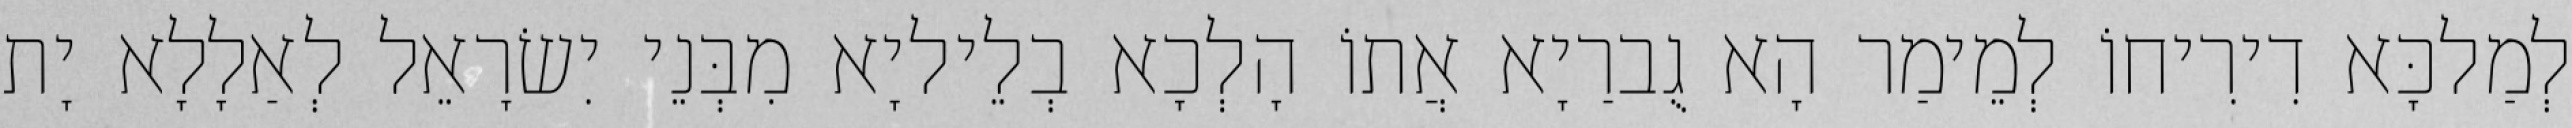
לְמַלכָּא דִירִיחוֹ לְמֵימַר הָא גֻברַיָא אֲתוֹ הָלְכָא בְלֵיליָא מִבְּנֵי יִשׂרָאֵל לְאַלָלָא יָת